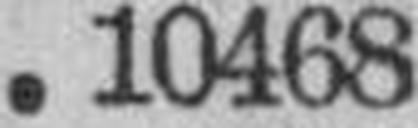
10468